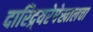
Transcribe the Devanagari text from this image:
दारिद्र्यरेषेखालचा